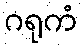
ဂရုကံ